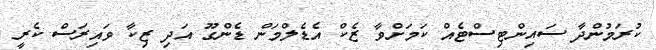
ކުރަމުންދާ ސައިންޓިސްޓެއް ކަމަށްވާ ޒެކް އެޑެލްމަން ޑެންގޫ އަދި ޒިކާ ވައިރަސް ކެރީ